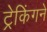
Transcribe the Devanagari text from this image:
ट्रेकिंगने